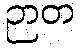
ဉာတ